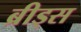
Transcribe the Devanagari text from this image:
ब्रीड्स